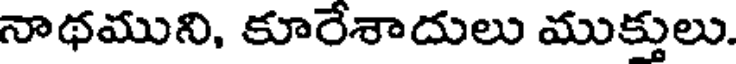
నాథముని, కూరేశాదులు ముక్తులు.